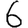
Digit: 6